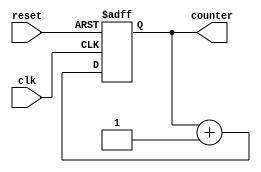
module Johnson_counter(
    input wire clk,
    input wire reset,
    output reg [3:0] counter
);

always @ (posedge clk or posedge reset)
begin
    if (reset)
        counter <= 4'b0000;
    else
        counter <= counter + 1;
end

endmodule